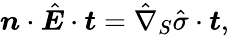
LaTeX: \boldsymbol{n}\cdot\hat{\boldsymbol{E}}\cdot\boldsymbol{t}=\hat{\nabla}_{S}\hat{\sigma}\cdot\boldsymbol{t},